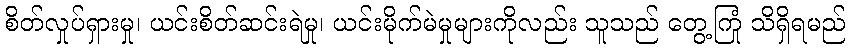
စိတ်လှုပ်ရှားမှု၊ ယင်းစိတ်ဆင်းရဲမှု၊ ယင်းမိုက်မဲမှုများကိုလည်း သူသည် တွေ့ကြုံ သိရှိရမည်